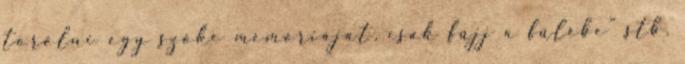
törölni egy szőke memóriáját, csak fújj a fülébe" stb.